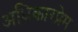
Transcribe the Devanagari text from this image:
अधिकारप्रेम